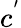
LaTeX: c^{'}